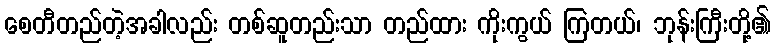
စေတီတည်တဲ့အခါလည်း တစ်ဆူတည်းသာ တည်ထား ကိုးကွယ် ကြတယ်၊ ဘုန်းကြီးတို့၏